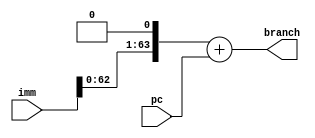
/*
member 1:
            Name : Masthanaiah Chintamani
            Roll : 191CS115
member 2:
            Name : LSV Sandeep 
            Roll : 191CS226
Module Name :
            generated branched pc values 
Date of creation : 25rd March,2021
Date of submission : 29th March,2021
*/
// pc +immediate if branch condition is enabled
module branch_pc(imm,pc,branch);
input [63:0] imm,pc;
output [63:0] branch;
wire [63:0] left;
assign left = imm<<1;
assign branch = left+pc;

endmodule
/*
module tb();
reg [63:0] imm,pc;
wire [63:0] branch;
 branch_pc p(imm,pc,branch);
 initial begin
     $monitor($time," . imm: %d,pc :%d ,output  :%d",imm,pc,branch);
     #5 imm=2;pc=20; 
     #5 imm=100;pc=40;
 end

endmodule
*/